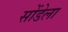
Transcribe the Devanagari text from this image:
सोंडेला